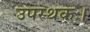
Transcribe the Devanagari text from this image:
उपस्थकः।